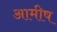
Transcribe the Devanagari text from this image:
आमीष